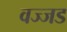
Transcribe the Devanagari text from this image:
वज्जड